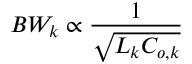
B W _ { k } \propto \frac { 1 } { \sqrt { L _ { k } C _ { o , k } } }